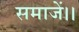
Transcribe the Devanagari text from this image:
समाजें।।